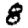
Digit: 8